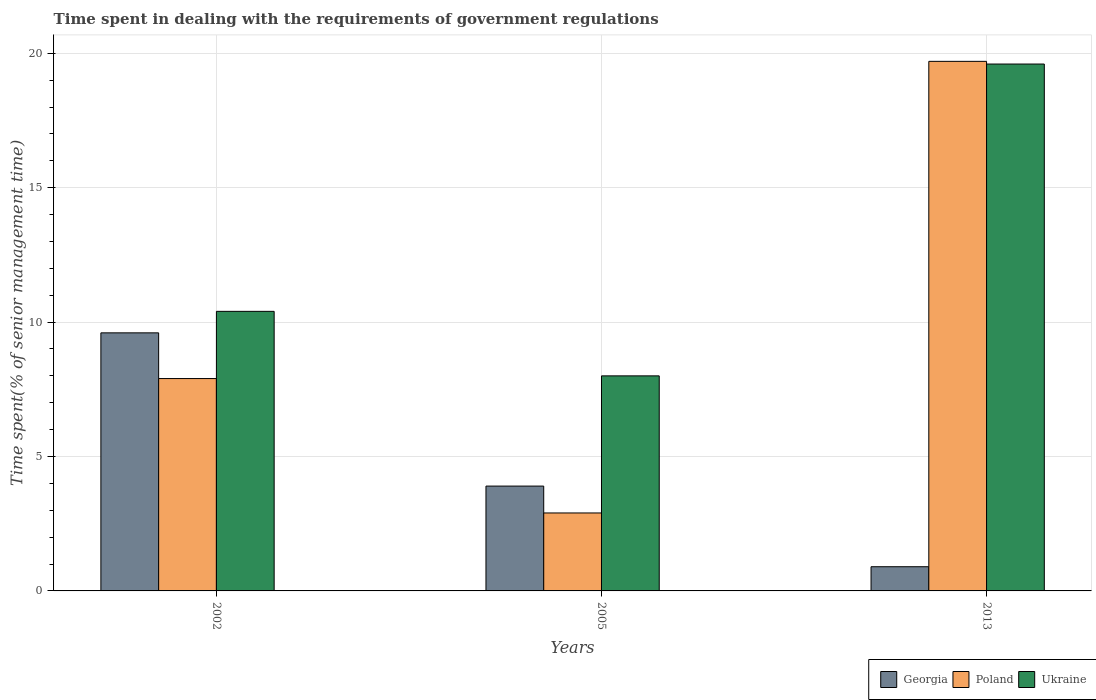
| Years | Georgia | Poland | Ukraine |
 | --- | --- | --- | --- |
 | 2002 | 9.6 | 7.9 | 10.4 |
 | 2005 | 3.9 | 2.9 | 8 |
 | 2013 | 0.9 | 19.7 | 19.6 |